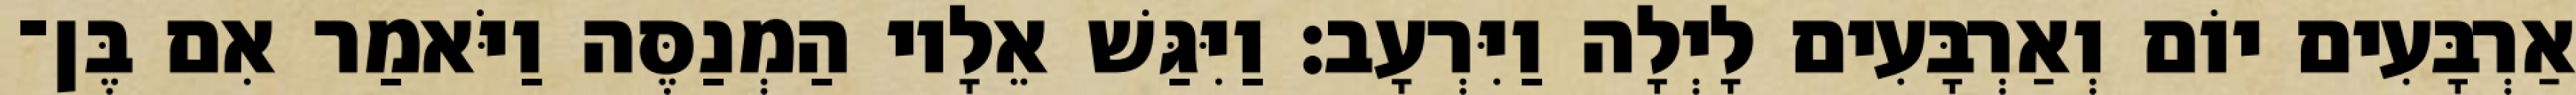
אַרְבָּעִים יוֹם וְאַרְבָּעִים לָיְלָה וַיִּרְעָב׃ וַיִּגַּשׁ אֵלָיו הַמְנַסֶּה וַיֹּאמַר אִם בֶּן־